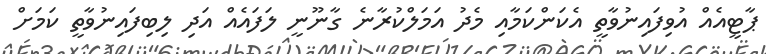
ޕާޓީއެއް އުވިފައިނުވާތީ އެކަންކަމާއި މެދު އަމަލްކުރާނެ ގާނޫނީ ލަފައެއް އަދި ލިބިފައިނުވާތީ ކަމަށް